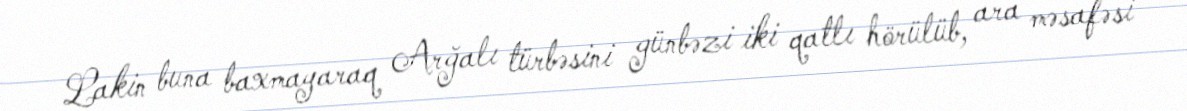
Lakin buna baxmayaraq Arğalı türbəsini günbəzi iki qatlı hörülüb, ara məsafəsi